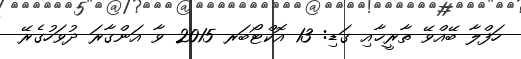
ހަފްލާ ބޭއްވޭ ތާރީޚާއި ގަޑި: 13 އޮކްޓޯބަރ 2015 ވާ އަންގާރަ ދުވަހުގެރޭ